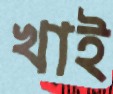
খাই